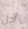
أجل